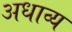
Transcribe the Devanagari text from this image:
अधाव्य